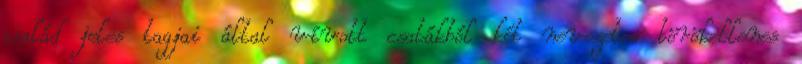
család jeles tagjai által vívott csatákból két nevezetes törökellenes